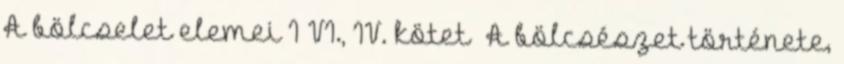
A bölcselet elemei I–VI., IV. kötetː A bölcsészet története,